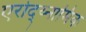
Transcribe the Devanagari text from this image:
एरोद्य्नामिक